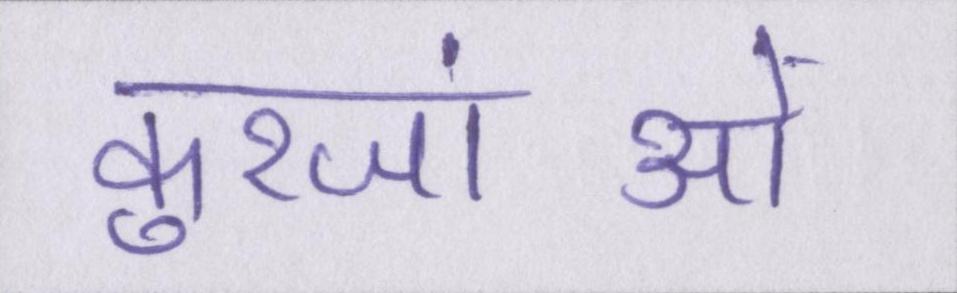
कुरजांओं